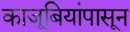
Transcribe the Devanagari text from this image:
काजूबियांपासून